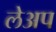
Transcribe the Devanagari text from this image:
लेअप